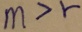
m > r